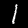
Digit: 1